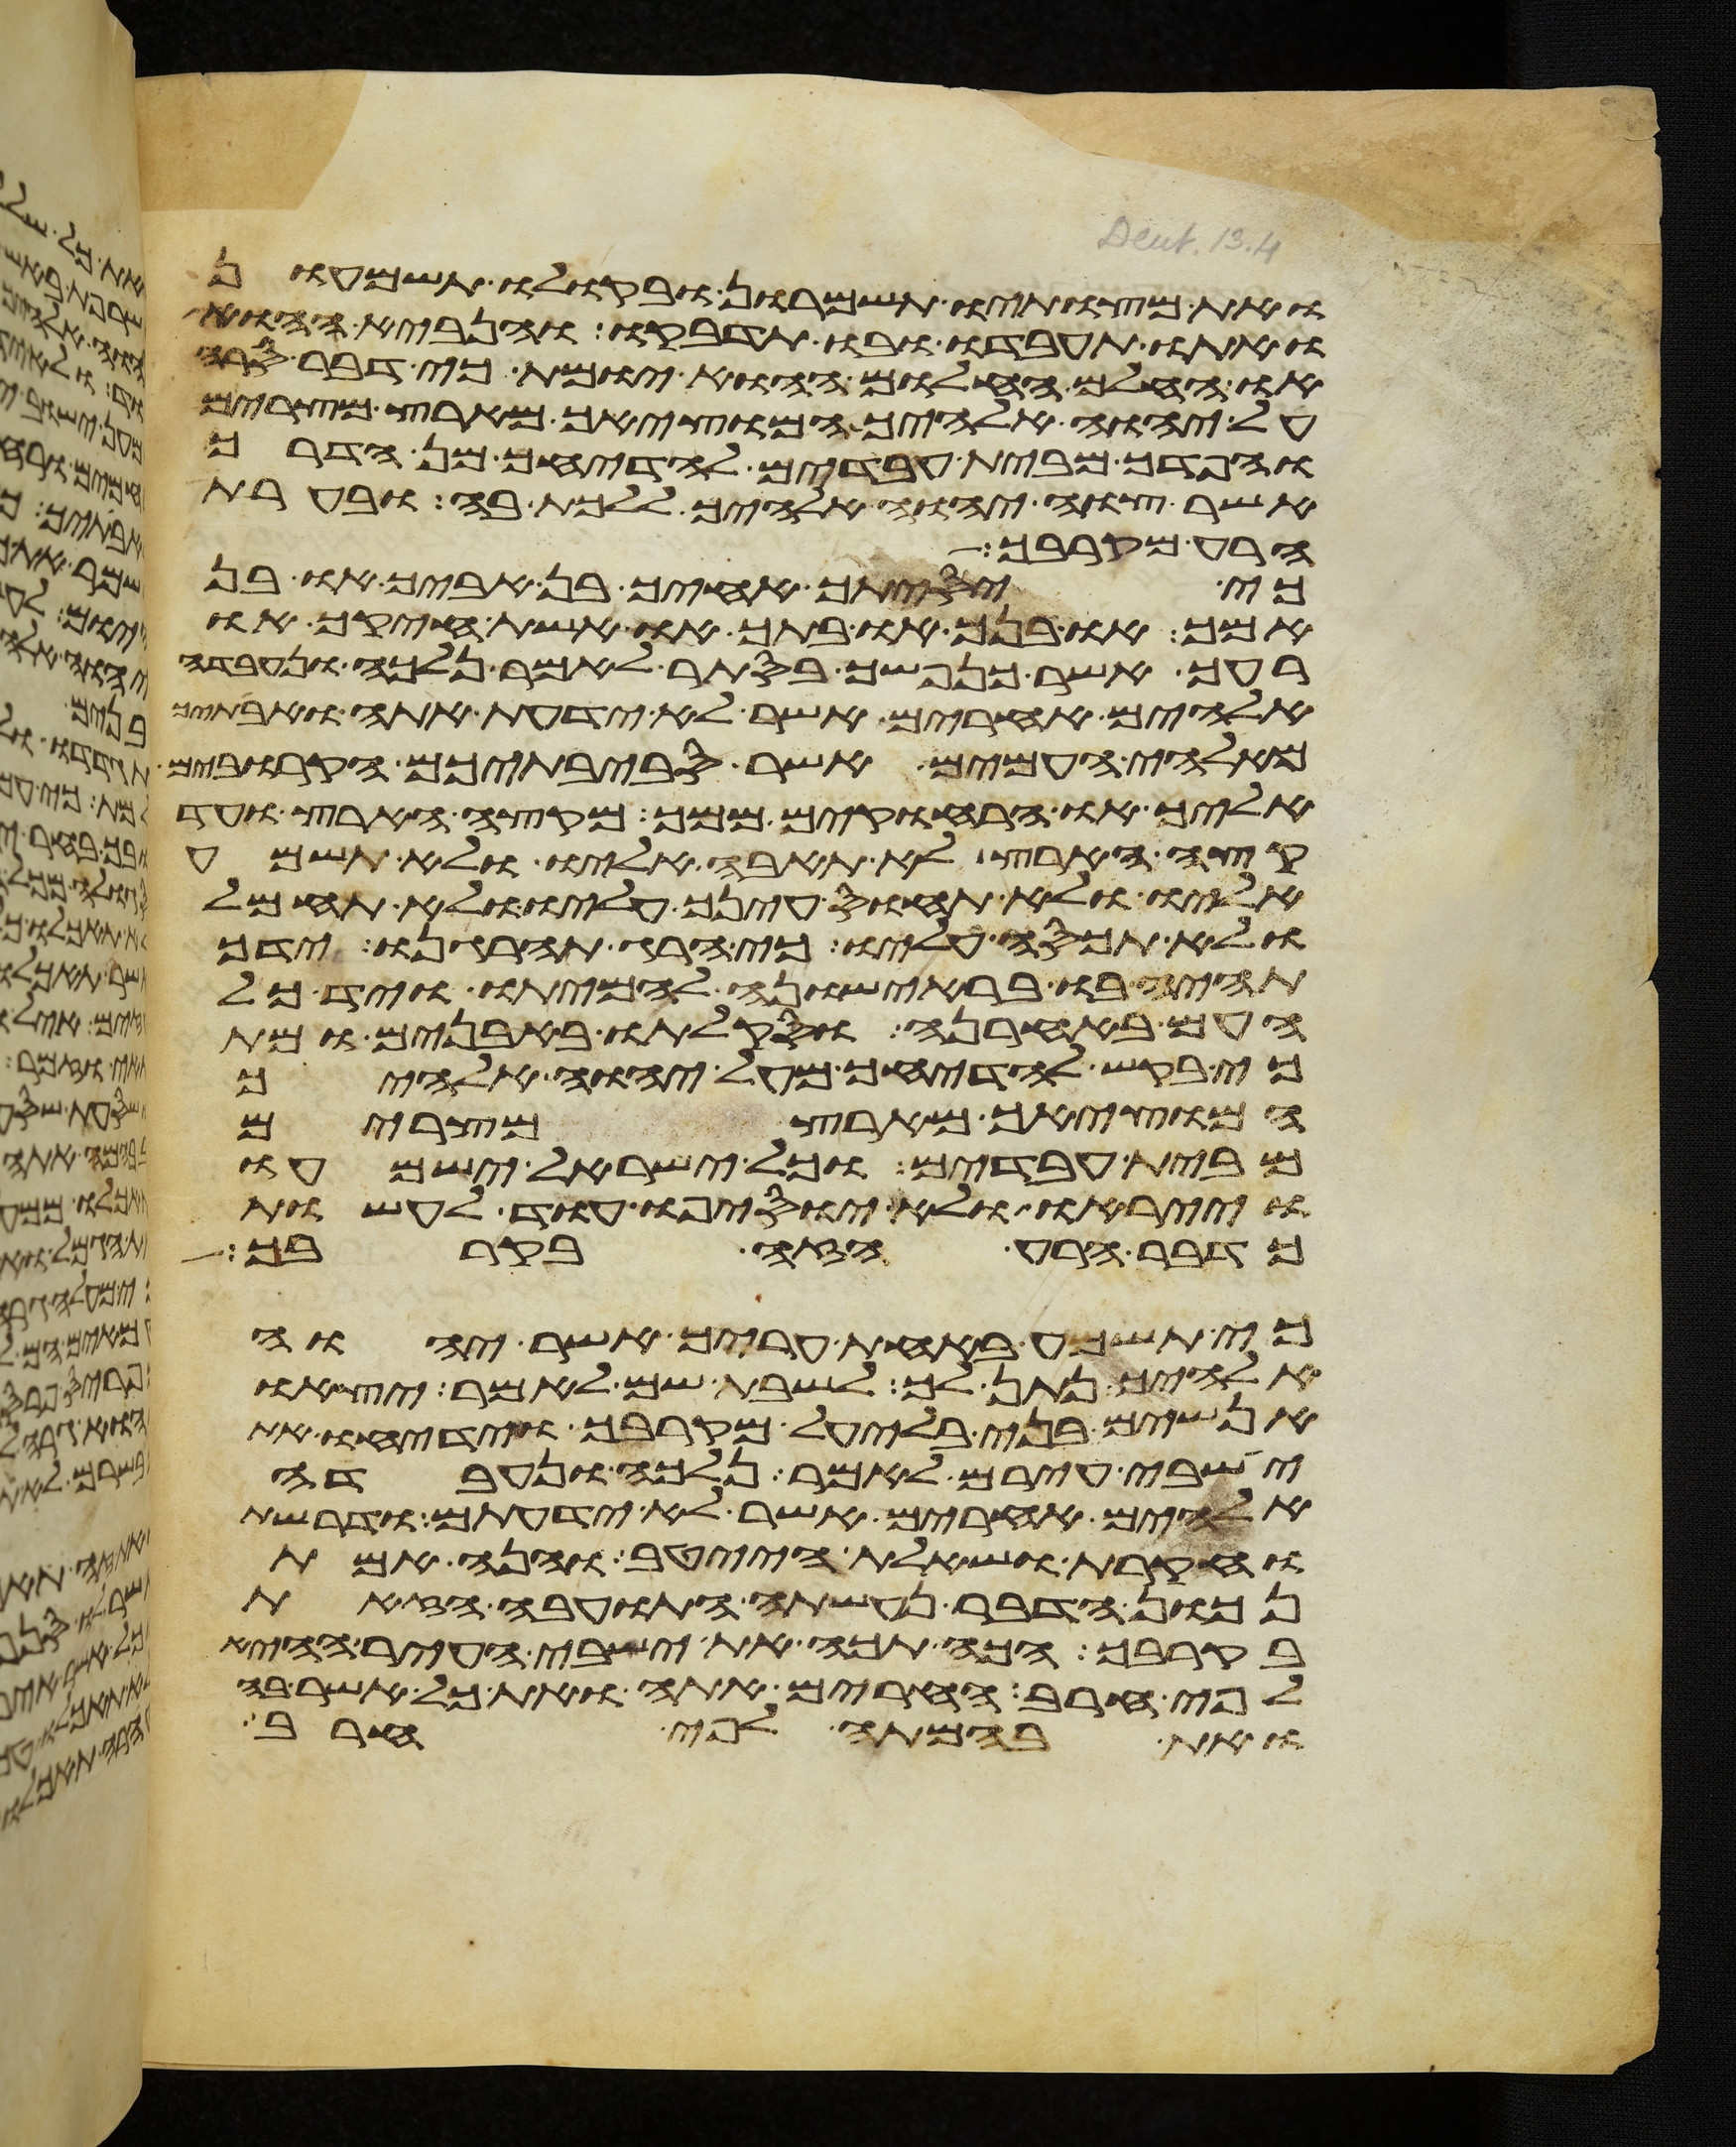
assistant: ואת מצותיו תשמרון ובקולו תשמעון
ואתו תעבדו ובו תדבקו והנביא ההוא
או החלם החלום ההוא יומת כי דבר סרה
על יהוה אלהיך המוציאך מארץ מצרים
והפדך מבית עבדים להדיחך מן הדרך
אשר צוך יהוה אלהיך ללכת בה ובערת
הרע מקרבך
כי יסיתך אחיך בן אביך או בן
אמך או בנך או בתך או אשת חיקך או
רעך אשר כנפשך בסתר לאמר נלכה ונעבדה
אלהים אחרים אשר לא ידעת אתה ואבתיך
מאלהי העמים אשר סביבתיכם הקרובים
אליך או הרחוקים ממך מקצה הארץ ועד
קצה הארץ לא תאבה אליו ולא תשמע
אליו ולא תחוס עינך עליו ולא תחמל
ולא תכסה עליו כי הרג תהרגנו ידך
תהיה בו בראישונה להמיתו ויד כל
העם באחרנה וסקלתו באבנים ומת
כי בקש להדיחך מעל יהוה אלהיך
המוציאך מארץ מצרים
מבית עבדים וכל ישראל ישמעו
וייראו ולא יוסיפו עוד לעשות
כדבר הרע הזה בקרבך
כי תשמע באחת עריך אשר יהוה
אלהיך נתן לך לשבת שם לאמר יצאו
אנשים בני בלעיל מקרבך וידיחו את
ישבי עירם לאמר נלכה ונעבדה
אלהים אחרים אשר לא ידעתם ודרשת
וחקרת ושאלת הייטב והנה אמת
נכון הדבר נעשתה התועבה הזאת
בקרבך הכה תכה את ישבי העיר ההיא
לפי חרב החרים אתה ואת כל אשר בה
ואת בהמתה לפי חרב